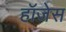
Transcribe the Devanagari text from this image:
हॉजेस